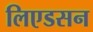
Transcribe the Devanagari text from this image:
लिएडसन